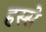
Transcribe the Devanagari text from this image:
हस्से